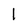
Character: l